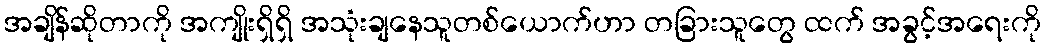
အချိန်ဆိုတာကို အကျိုးရှိရှိ အသုံးချနေသူတစ်ယောက်ဟာ တခြားသူတွေ ထက် အခွင့်အရေးကို